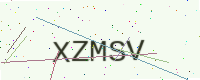
Text: XZMSV